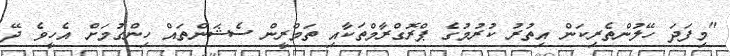
"މިފަދަ ހޭލުންތެރިކަން އިތުރު ކުރުމުގެ ޕްރޮގްރާމްތަކާއި ތަމްރީން ސެޝަންތައް ހިންގުމަށް އެހީވެ ދޭ